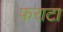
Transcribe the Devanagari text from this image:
फराटा